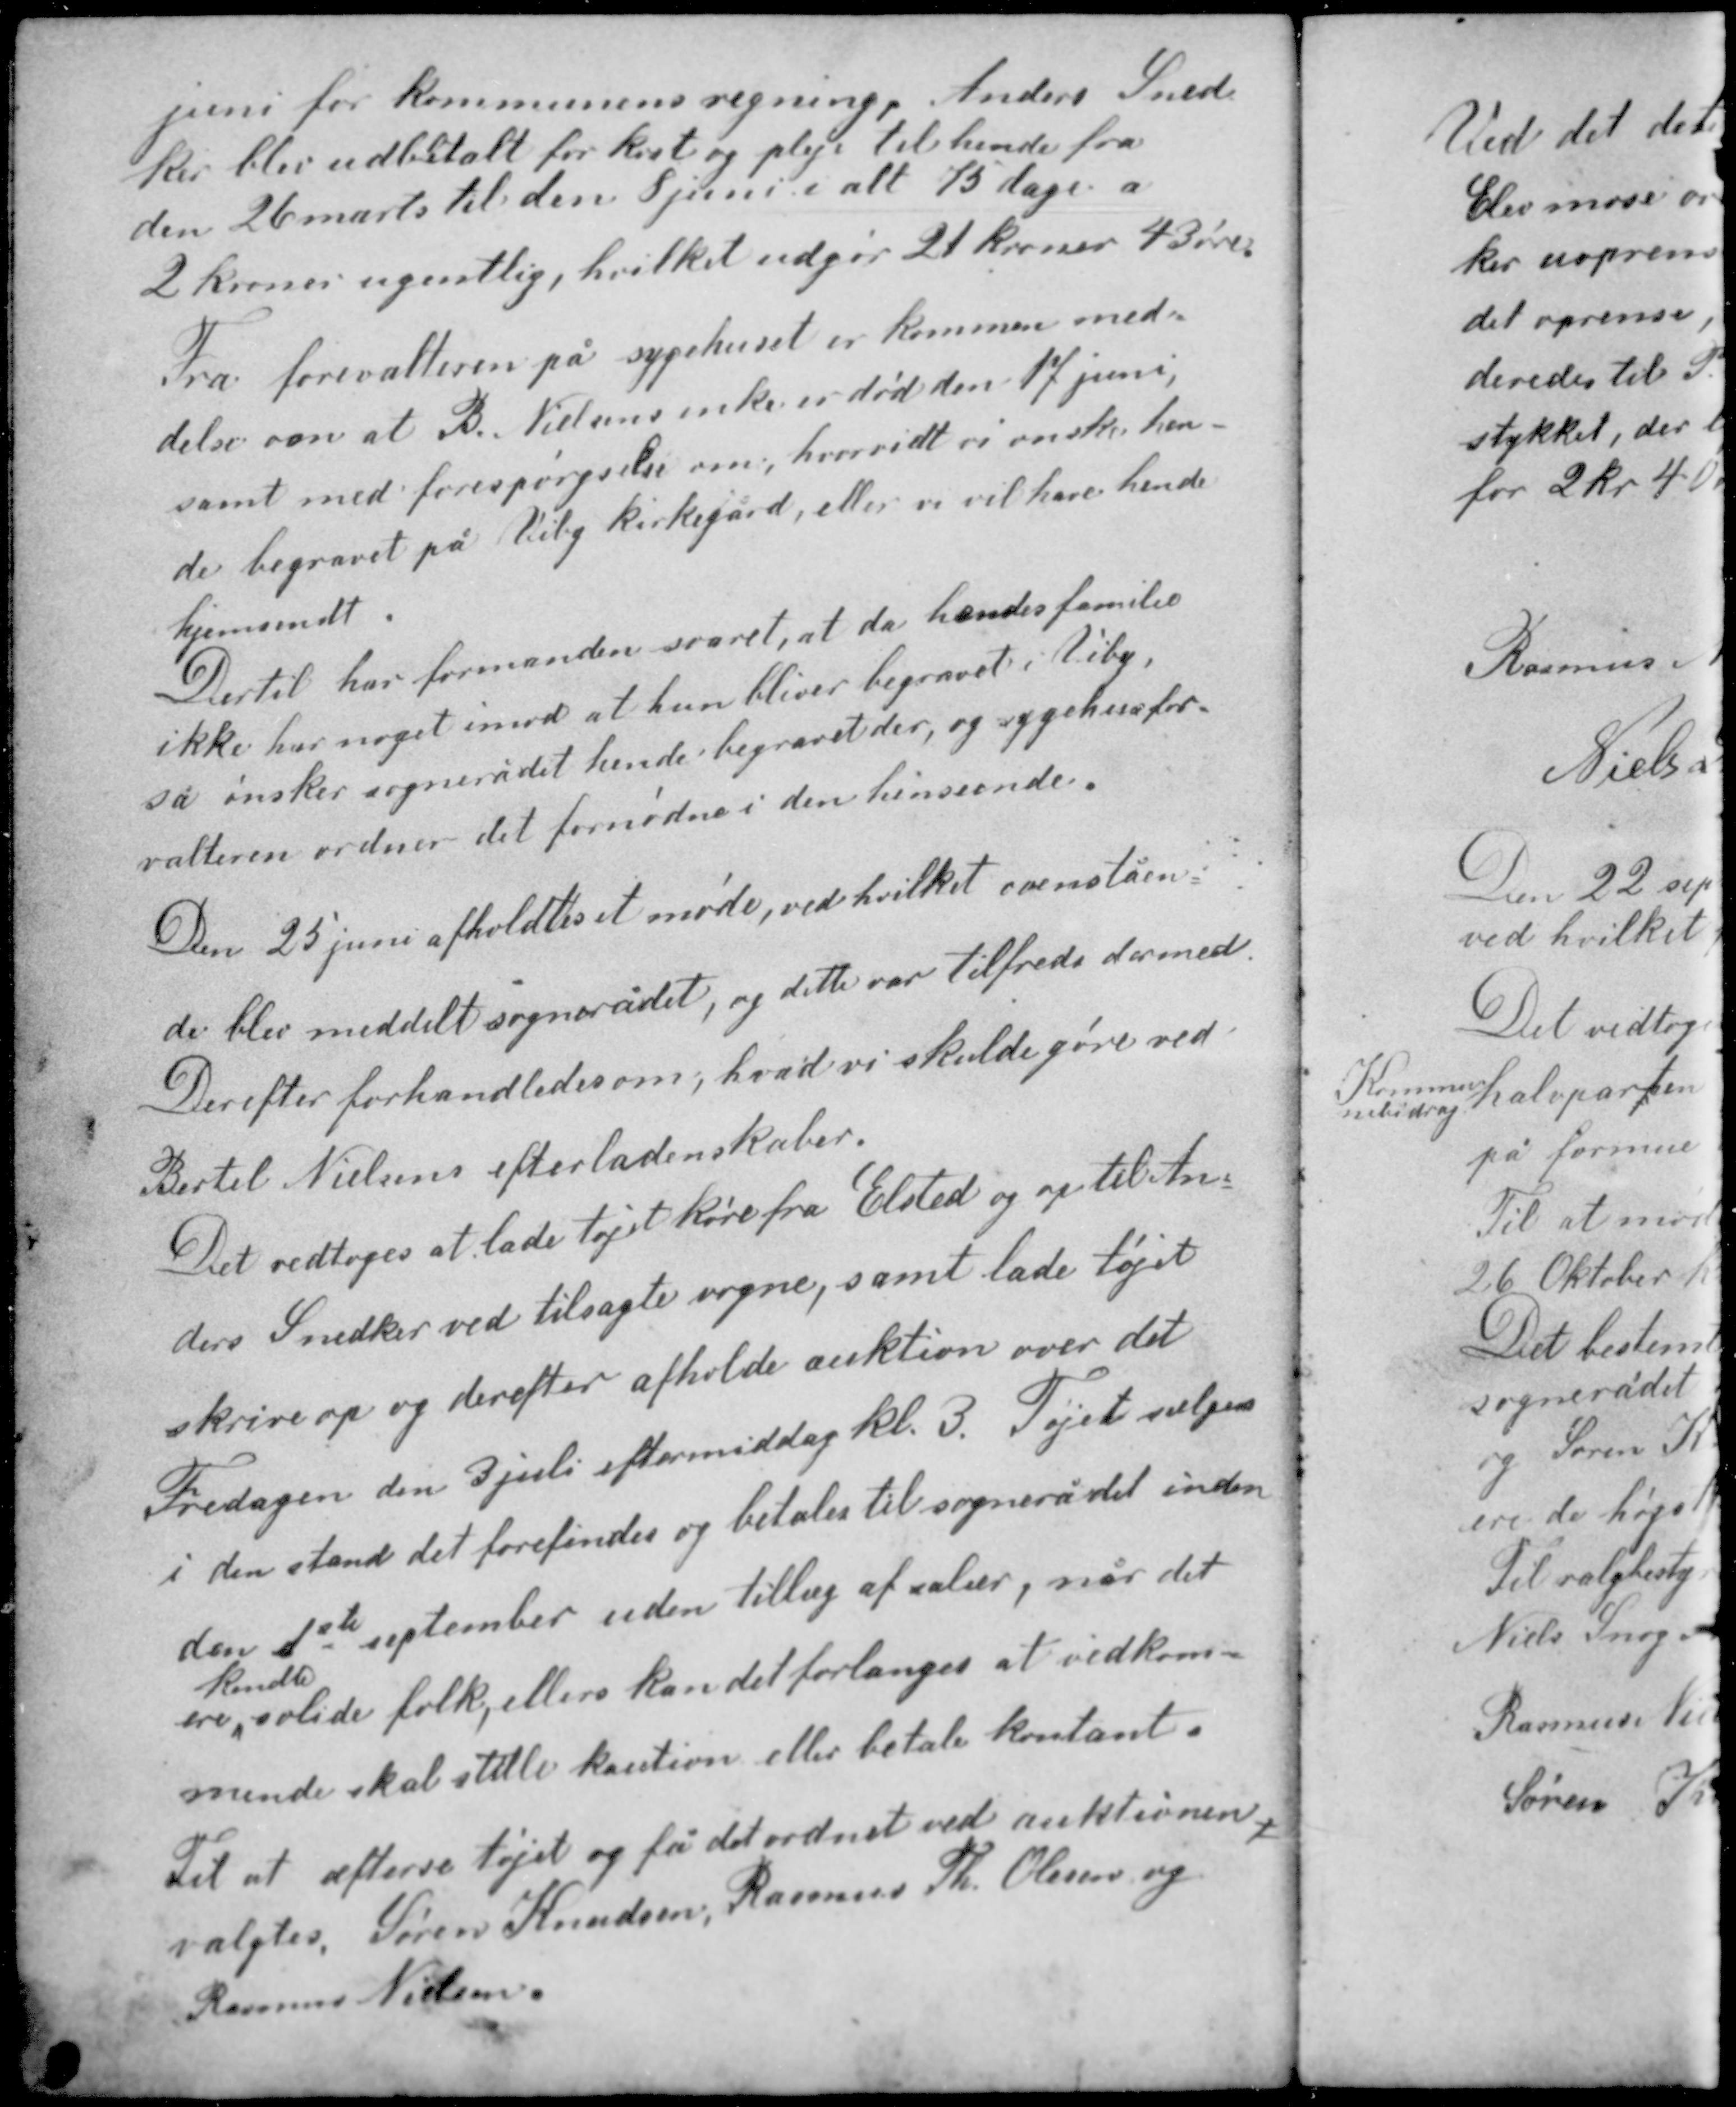
Transskription:
juni for kommunens regning, Anders Sned-
ker blev udbetalt for kost og pleje til hende fra
den 26 marts til den 8 juni i alt 75 dage a
2 kroner ugentlig, hvilket udgør 21 kroner 43 øre.

Fra forevalteren på sygehuset er kommen med-
delelse om at B. Nielsens enke er død den 17 juni,
samt med forespørgselse om, hvorvidt vi ønsker hen-
de begravet på Viby kirkegård, eller vi vil have hende
hjemsendt.
Dertil har formanden svaret, at da hendes familie
ikke har noget imod at hun bliver begravet i Viby
så ønsker sognerådet hende begravet der, og sygehusfor-
valteren ordner det fornødne i den henseende.

Den 25 juni afholdtes et møde, ved hvilket ovenståen-
de blev meddelt sognerådet, og dette var tilfreds dermed.
Derefter forhandledes om, hvad vi skulde gøre ved
Bertel Nielsens efterladenskaber.

Det vedtoges at lade tøjet køre fra Elsted og op til An-
ders Snedker ved tilsagte vogne, samt lade tøjet
skrive op og derefter afholde auktion over det.
Fredagen den 3 juli eftermiddag kl 3. Tøjet sælges
i den stand det forefindes og betales til sognerådet inden
den 1ste september uden tillæg af salær, når det
kendte
ere solide folk, ellers kan det forlanges at vedkom-
mende skal stille kaution eller betale kontant.
Til at aflevere tøjet og få det ordnet ved auktionen
valgtes Søren Knudsen, Rasmus Th. Olesen og
Rasmus Nielsen.